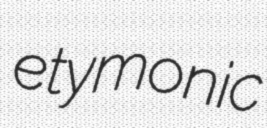
etymonic